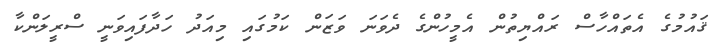
ޤައުމުގެ އެތައްހާސް ރައްޔިތުން އެމީހުންގެ ދެވަނަ ވަޒަން ކަމުގައި މިއަދު ހަދާފައިވަނީ ސްރީލަންކާ